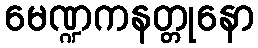
မေဏ္ဍကနတ္တုနော